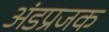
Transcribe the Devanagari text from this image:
अंडप्रजक